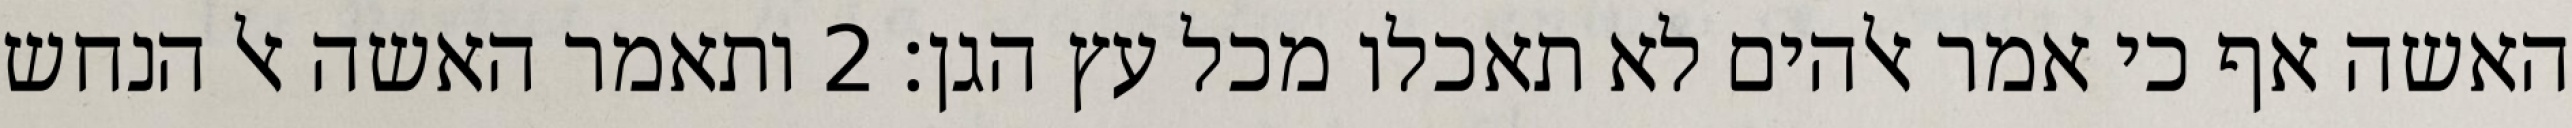
האשה אף כי אמר אלהים לא תאכלו מכל עץ הגן׃ ‎2‏ ותאמר האשה אל הנחש